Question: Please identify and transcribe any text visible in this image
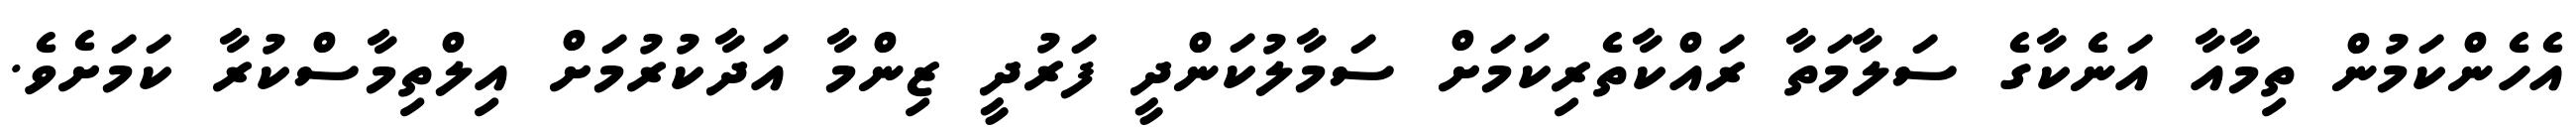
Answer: އެހެންކަމުން ތިމާއާ އަނެކާގެ ސަލާމަތާ ރައްކާތެރިކަމަށް ސަމާލުކަންދީ ފަރުދީ ޒިންމާ އަދާކުރުމަށް އިލްތިމާސްކުރާ ކަމަށެވެ.